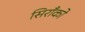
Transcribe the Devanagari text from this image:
सिराँको